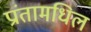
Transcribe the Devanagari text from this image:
प्रांतामधिल